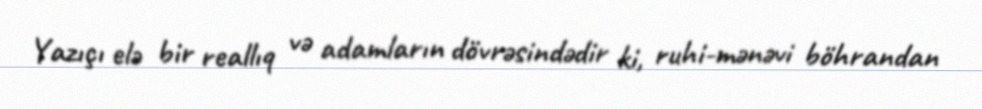
Yazıçı elə bir reallıq və adamların dövrəsindədir ki, ruhi-mənəvi böhrandan